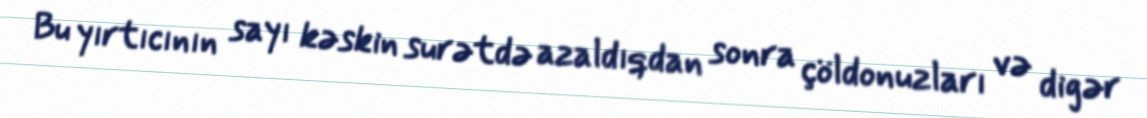
Bu yırtıcının sayı kəskin surətdə azaldıqdan sonra çöldonuzları və digər